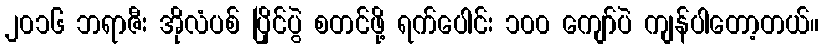
၂၀၁၆ ဘရာဇီး အိုလံပစ် ပြိုင်ပွဲ စတင်ဖို့ ရက်ပေါင်း ၁၀၀ ကျော်ပဲ ကျန်ပါတော့တယ်။